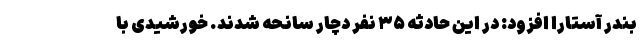
بندر آستارا افزود: در این حادثه ۳۵ نفر دچار سانحه شدند. خورشیدی با